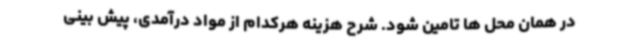
در همان محل ها تامین شود. شرح هزینه هرکدام از مواد درآمدی، پیش بینی